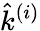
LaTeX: \hat{k}^{\left(i\right)}